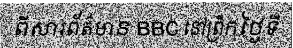
ពីសារព័ត៌មាន BBC នៅព្រឹកថ្ងៃទី